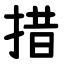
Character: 措